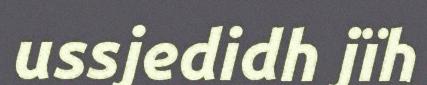
ussjedidh jïh